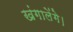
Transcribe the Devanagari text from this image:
खंगालेंगे।